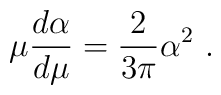
\mu \frac{d\alpha}{d\mu}=\frac{2}{3\pi}\alpha^2~.